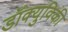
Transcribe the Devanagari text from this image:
डॉक्युविकी